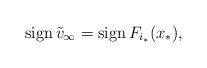
LaTeX: \begin{align*} \operatorname{sign}\tilde v_\infty=\operatorname{sign} F_{i_*}(x_*), \end{align*}